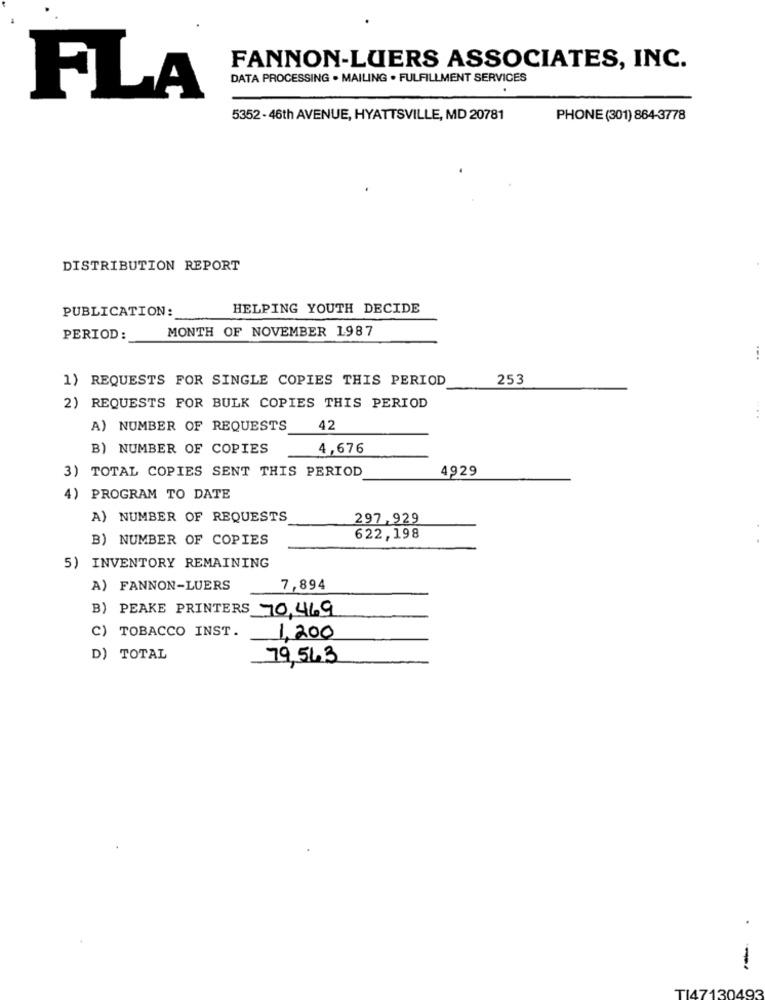
FANNON-LUERS ASSOCIATES, INC.
DATA PROCESSING . MAILING . FULFILLMENT SERVICES
FLA
5352 - 46th AVENUE, HYATTSVILLE, MD 20781
PHONE (301) 864-3778
DISTRIBUTION REPORT
PUBLICATION:
HELPING YOUTH DECIDE
MONTH OF NOVEMBER 1987
PERIOD :
...
1) REQUESTS FOR SINGLE COPIES THIS PERIOD
253
2) REQUESTS FOR BULK COPIES THIS PERIOD
A) NUMBER OF REQUESTS
42
B) NUMBER OF COPIES
4,676
3) TOTAL COPIES SENT THIS PERIOD
4929
4) PROGRAM TO DATE
A) NUMBER OF REQUESTS
297,929
B) NUMBER OF COPIES
622,198
5) INVENTORY REMAINING
A) FANNON-LUERS
7,894
B) PEAKE PRINTERS 70,469
C) TOBACCO INST.
1,200
D) TOTAL
79,563
.
-
TI47130493